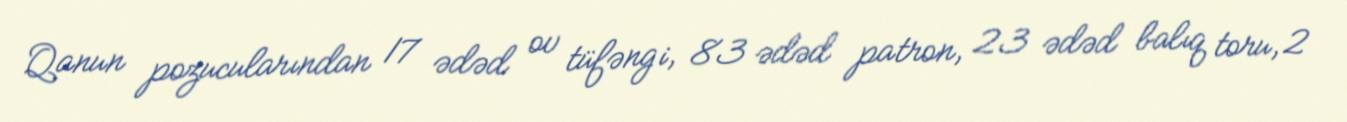
Qanun pozucularından 17 ədəd ov tüfəngi, 83 ədəd patron, 23 ədəd balıq toru, 2